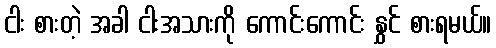
ငါး စားတဲ့ အခါ ငါးအသားကို ကောင်းကောင်း နွှင် စားရမယ်။